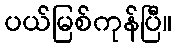
ပယ်မြစ်ကုန်ပြီ။